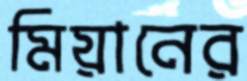
মিয়ানের